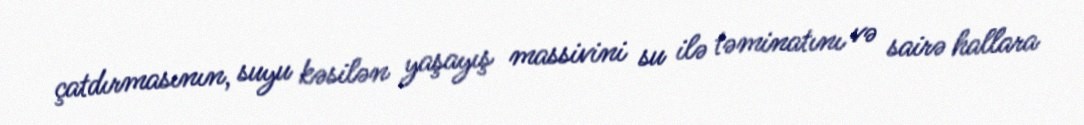
çatdırmasının, suyu kəsilən yaşayış massivini su ilə təminatını və sairə hallara